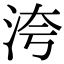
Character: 洿